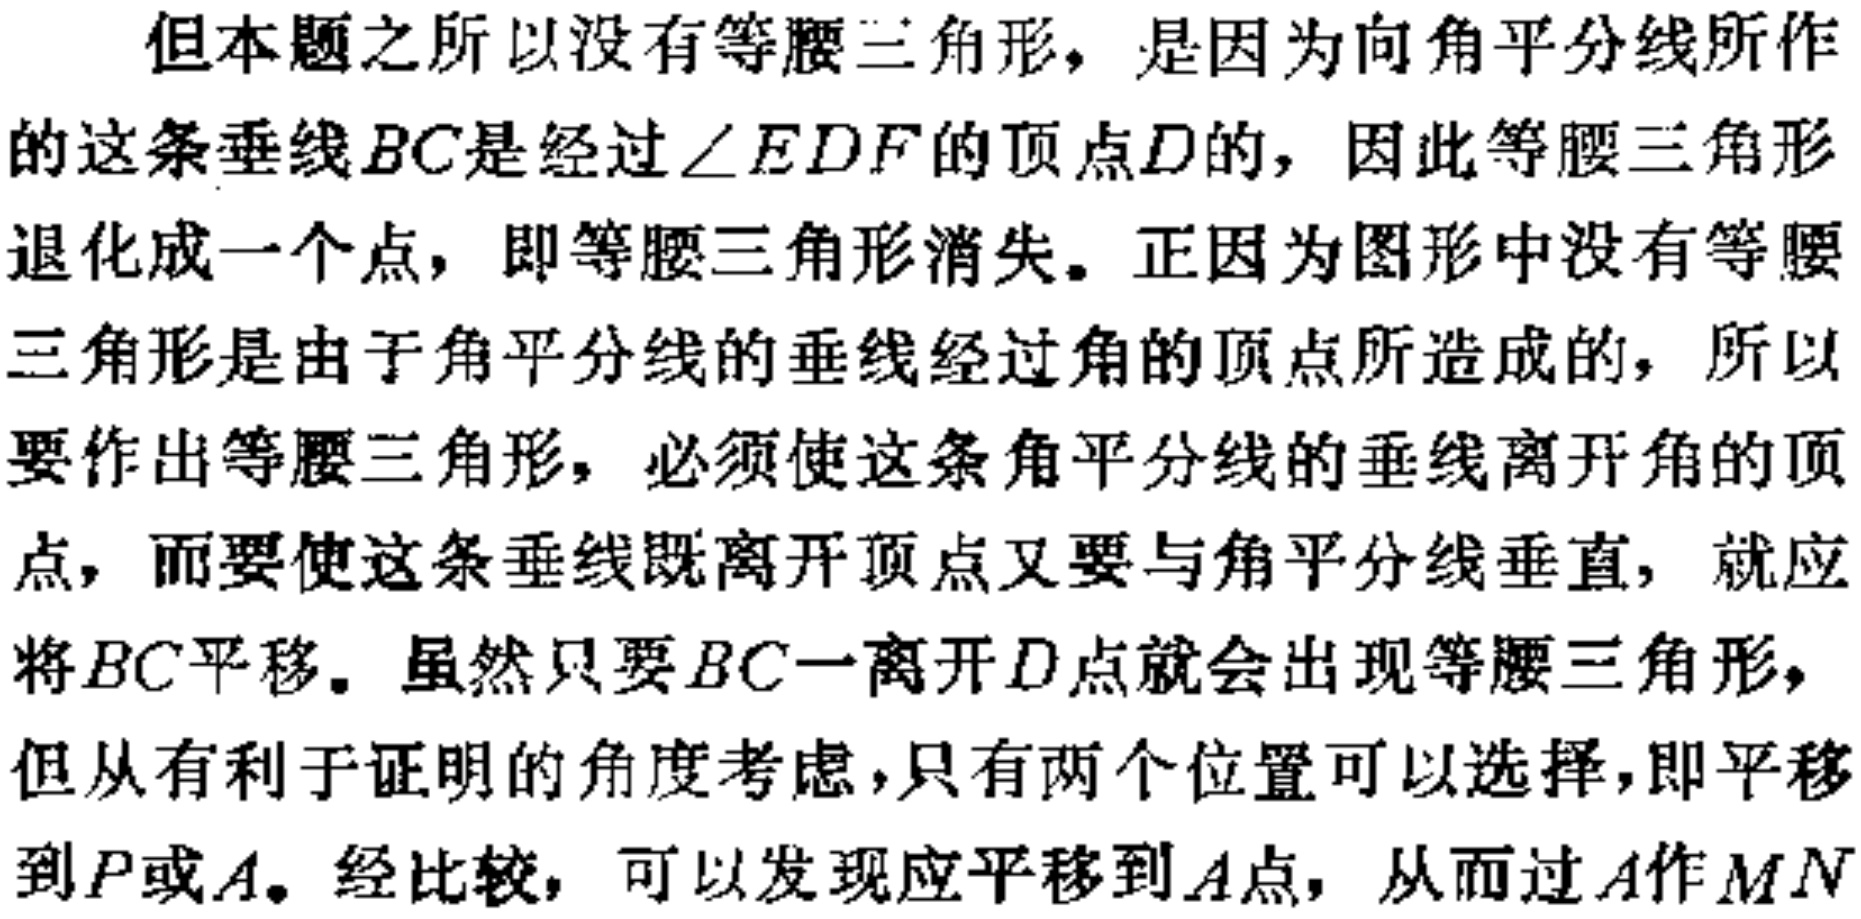
但本题之所以没有等腰三角形，是因为向角平分线所作

的这条垂线 \(BC\) 是经过 \(\angle EDF\) 的顶点 \(D\) 的，因此等腰三角形

退化成一个点，即等腰三角形消失。正因为图形中没有等腰

三角形是由于角平分线的垂线经过角的顶点所造成的，所以

要作出等腰三角形，必须使这条角平分线的垂线离开角的顶

点，而要使这条垂线既离开顶点又要与角平分线垂直，就应

将 \(BC\) 平移。虽然只要 \(BC\) 一离开 \(D\) 点就会出现等腰三角形，

但从有利于证明的角度考虑，只有两个位置可以选择，即平移

到 \(P\) 或 \(A\)。经比较，可以发现应平移到 \(A\) 点，从而过 \(A\) 作 \(MN\)